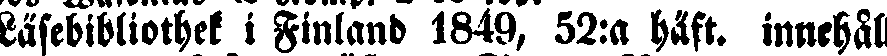
Läsebibliothek i Finland 1849, 52:a häft. innehål